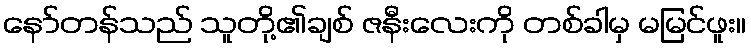
နော်တန်သည် သူတို့၏ချစ် ဇနီးလေးကို တစ်ခါမှ မမြင်ဖူး။